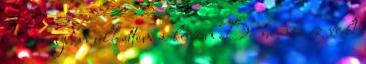
jó irányban ülhettem a lovon De sajnos ez volt